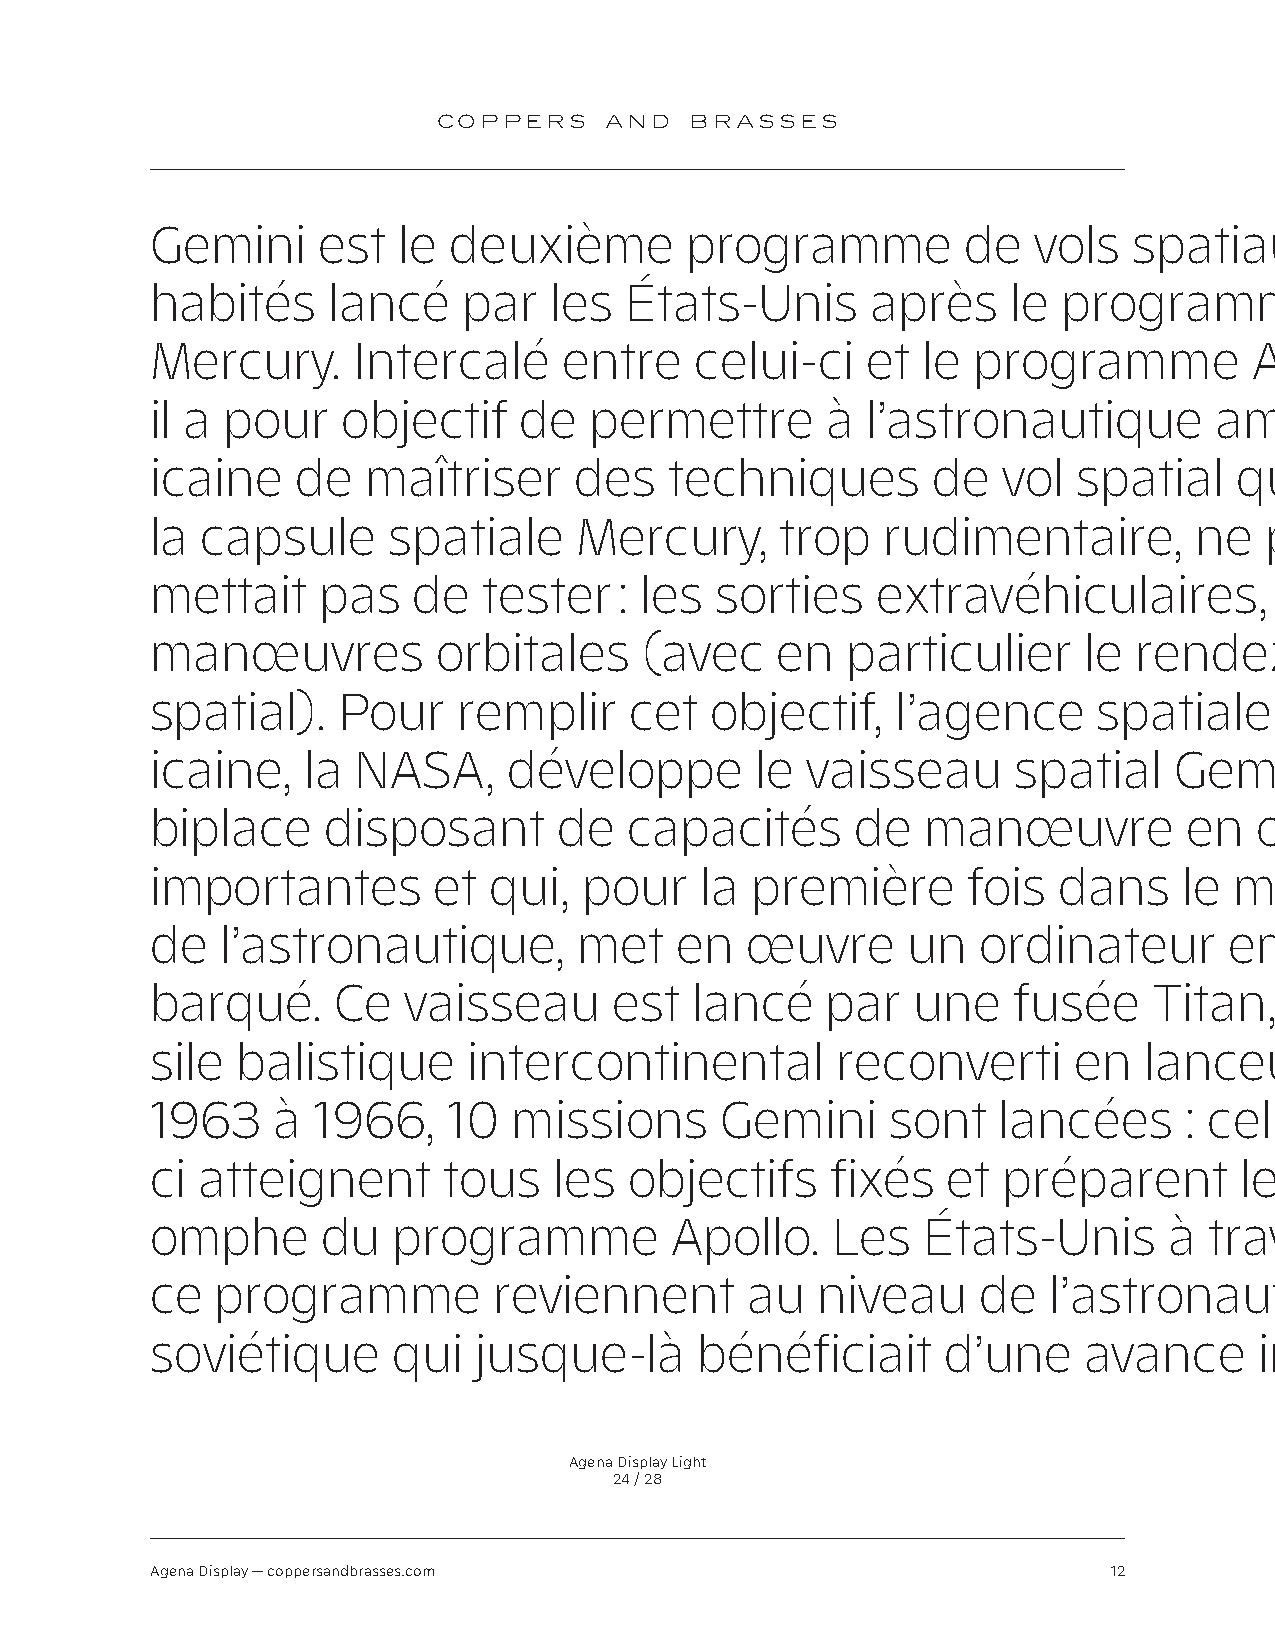
COPPERS    AND   BRASSES
 Gemini     est  le  deuxième       programme          de  vols   spatiaux
 habités     lancé    par  les  États-Unis       après    le programme
 Mercury.     Intercalé     entre    celui-ci   et  le programme          Apollo,
 il a pour    objectif   de   permettre       à l’astronautique        amér-
 icaine    de  maîtriser     des   techniques        de  vol  spatial    que
 la capsule      spatiale    Mercury,      trop   rudimentaire,       ne   per-
 mettait    pas   de   tester   : les sorties    extravéhiculaires,         les
 manœuvres          orbitales     (avec   en   particulier     le rendez-vous
 spatial).   Pour    remplir     cet  objectif,   l’agence      spatiale    amér-
 icaine,   la  NASA,     développe       le vaisseau      spatial    Gemini
 biplace     disposant      de   capacités      de  manœuvre          en  orbite
 importantes        et qui,   pour   la  première      fois  dans    le  monde
 de   l’astronautique,       met    en  œuvre      un   ordinateur      em-
 barqué.     Ce   vaisseau      est  lancé    par  une    fusée    Titan,   mis-
 sile  balistique     intercontinental        reconverti      en   lanceur.    De
 1963    à  1966,    10  missions      Gemini     sont   lancées      : celles-
 ci atteignent      tous    les  objectifs    fixés   et préparent       le tri-
 omphe      du   programme         Apollo.    Les   États-Unis      à  travers
 ce  programme          reviennent       au  niveau     de  l’astronautique
 soviétique      qui  jusque-là      bénéficiait      d’une    avance     im-
 Agena Display Light
 24 / 28
 Agena Display — coppersandbrasses.com                           12